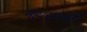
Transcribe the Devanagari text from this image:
महासभेनेही